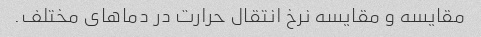
مقایسه و مقایسه نرخ انتقال حرارت در دماهای مختلف.